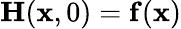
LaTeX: \mathbf{H}(\mathbf{x},0)=\mathbf{f}(\mathbf{x})